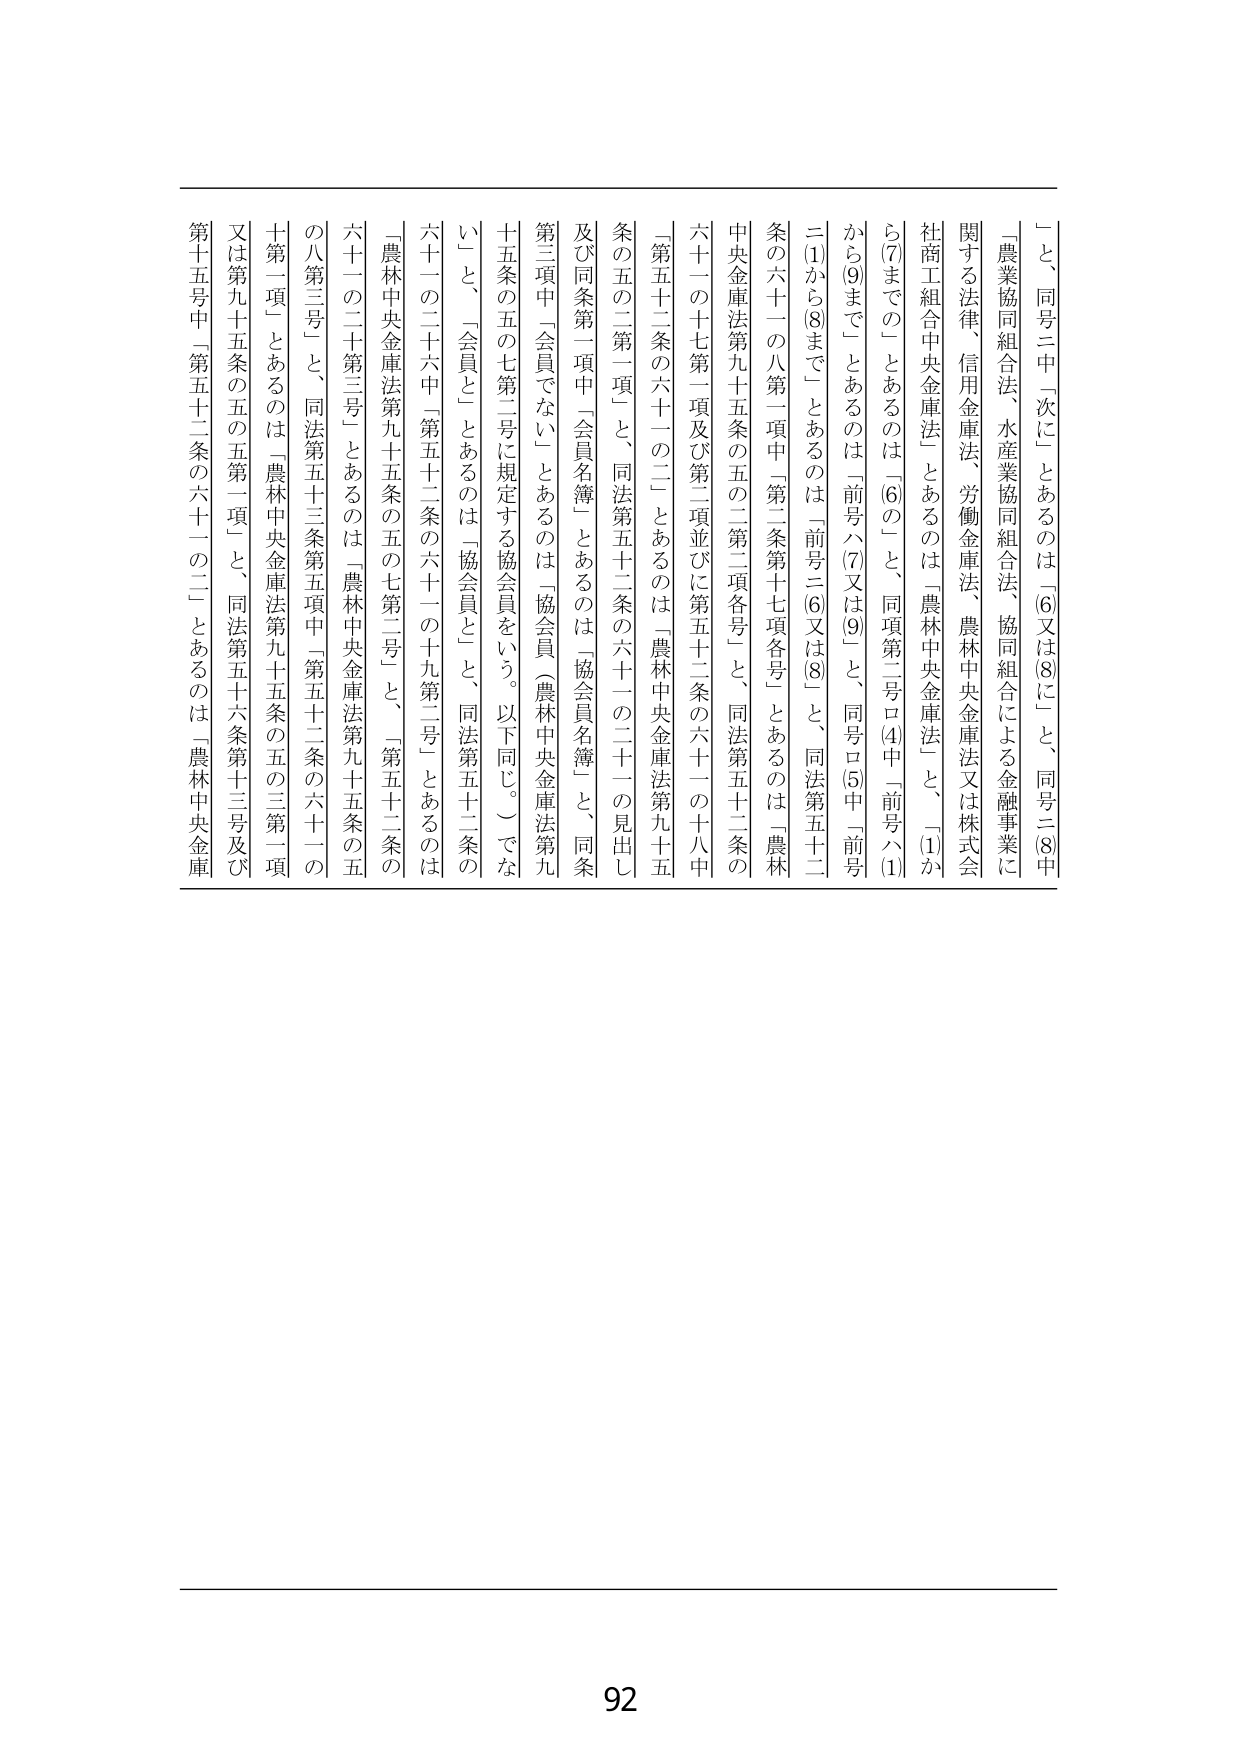
「と、同号二中「次に」とあるのは「(6)又は(8)に」と、同号二(8)中
「農業協同組合法、水産業協同組合法、協同組合による金融事業に
関する法律、信用金庫法、労働金庫法、農林中央金庫法又は株式会
社商工組合中央金庫法」とあるのは「農林中央金庫法」と、「(1)か
ら(7)までの」とあるのは「(6)の」と、同項第二号ロ(4)中「前号ハ(1)
から(9)まで」とあるのは「前号ハ(7)又は(9)」と、同号ロ(5)中「前号
二(1)から(8)まで」とあるのは「前号二(6)又は(8)」と、同法第五十二
条の六十一の八第一項中「第二条第十七項各号」とあるのは「農林
中央金庫法第九十五条の五の二第二項各号」と、同法第五十二条の
六十一の十七第一項及び第二項並びに第五十二条の六十一の十八中
「第五十二条の六十一の二」とあるのは「農林中央金庫法第九十五
条の五の二第一項」と、同法第五十二条の六十一の二十一の見出し
及び同条第一項中「会員名簿」とあるのは「協会員名簿」と、同条
第三項中「会員でない」とあるのは「協会員（農林中央金庫法第九
十五条の五の七第二号に規定する協会員をいう。以下同じ。）でな
い」と、「会員」とあるのは「協会員」と、同法第五十二条の
六十一の二十六中「第五十二条の六十一の十九第二号」とあるのは
「農林中央金庫法第九十五条の五の七第二号」と、「第五十二条の
六十一の二十第三号」とあるのは「農林中央金庫法第九十五条の五
の八第三号」と、同法第五十三条第五項中「第五十二条の六十一の
十第一項」とあるのは「農林中央金庫法第九十五条の五の三第一項
又は第九十五条の五の五第二項」と、同法第五十六条第十三号及び
第十五号中「第五十二条の六十一の二」とあるのは「農林中央金庫
92